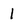
Character: l